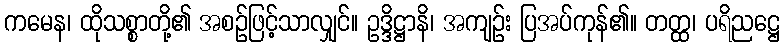
ကမေန၊ ထိုသစ္စာတို့၏ အစဉ်ဖြင့်သာလျှင်။ ဥဒ္ဒိဋ္ဌာနိ၊ အကျဉ်း ပြအပ်ကုန်၏။ တတ္ထ၊ ပရိညဋ္ဌေ